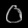
Digit: ၀